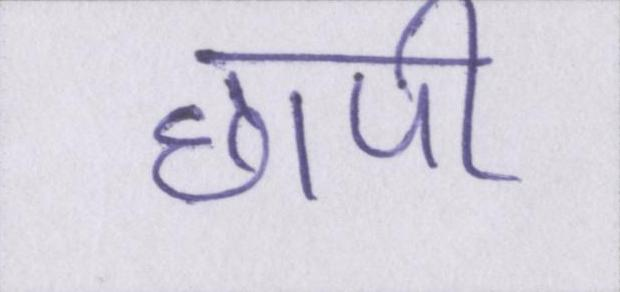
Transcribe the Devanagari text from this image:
छापी